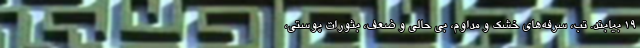
۱۹ بیابند. تب، سرفه‌های خشک و مداوم، بی حالی و ضعف، بثورات پوستی،